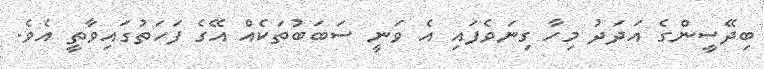
ބިދޭސީންގެ އަދަދު މިހާ ގިނަވެފައި އެ ވަނީ ސަބަބުތަކެއް އޭގެ ފަހަތުގައިވާތީ އެވެ.